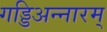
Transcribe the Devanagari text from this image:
गड्डिअन्नारम्